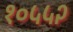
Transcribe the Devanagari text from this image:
१०५५२